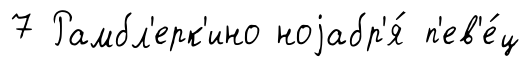
7 Рамбл'ерк'ино ноjабр'я́ п'ев'е́ц